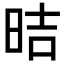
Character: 𪰙